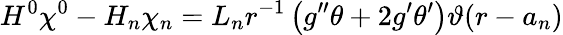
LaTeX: H^{0}\chi^{0}-H_{n}\chi_{n}=L_{n}r^{-1}\left(g^{\prime\prime}\theta+2g^{\prime}\theta^{\prime}\right)\vartheta(r-a_{n})